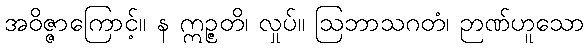
အဝိဇ္ဇာကြောင့်။ န ဣဉ္ဇတိ၊ လှုပ်။ ဩဘာသဂတံ၊ ဉာဏ်ဟူသော